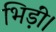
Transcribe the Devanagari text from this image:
भिड़ीं।